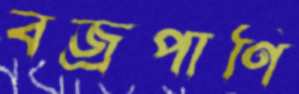
বজ্রপাণি